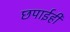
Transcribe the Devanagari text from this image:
छपाईही